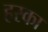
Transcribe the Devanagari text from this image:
हरका